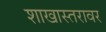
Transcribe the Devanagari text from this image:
शाखास्तरावर